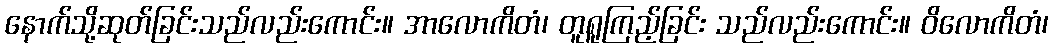
နောက်သို့ဆုတ်ခြင်းသည်လည်းကောင်း။ အာလောကိတံ၊ တူရူကြည့်ခြင်း သည်လည်းကောင်း။ ဝိလောကိတံ၊